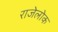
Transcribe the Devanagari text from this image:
राजेलोक